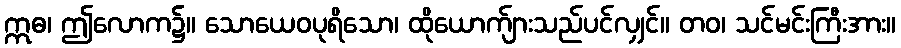
ဣဓ၊ ဤလောက၌။ သောယေဝပုရိသော၊ ထိုယောက်ျားသည်ပင်လျှင်။ တဝ၊ သင်မင်းကြီးအား။